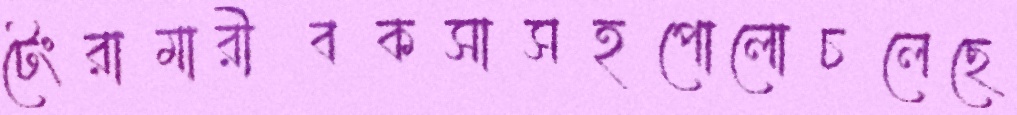
টেংরামারীবকসাসহপোলোচলেছে